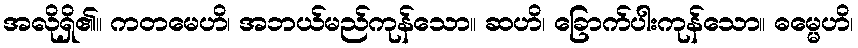
အလိုရှိ၏။ ကတမေဟိ၊ အဘယ်မည်ကုန်သော။ ဆဟိ၊ ခြောက်ပါးကုန်သော။ ဓမ္မေဟိ၊